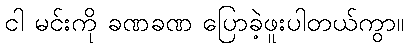
ငါ မင်းကို ခဏခဏ ပြောခဲ့ဖူးပါတယ်ကွာ။